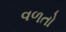
વળતો